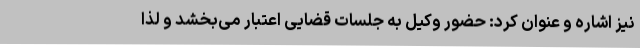
نیز اشاره و عنوان کرد: حضور وکیل به جلسات قضایی اعتبار می‌بخشد و لذا